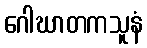
ဂေါဃာတကသူနံ